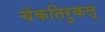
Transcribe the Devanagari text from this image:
चेंकतिरुकल्